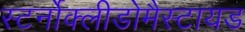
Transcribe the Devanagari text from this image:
स्टर्नोक्लीडोमैस्टायड